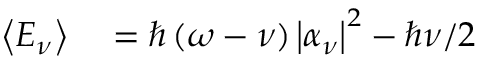
\begin{array} { r l } { \left< E _ { \nu } \right> } & { { } = \hbar \left( \omega - \nu \right) \left| \alpha _ { \nu } \right| ^ { 2 } - \hbar \nu / 2 } \end{array}